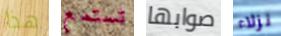
هذا تستمع صوابها نزلاء